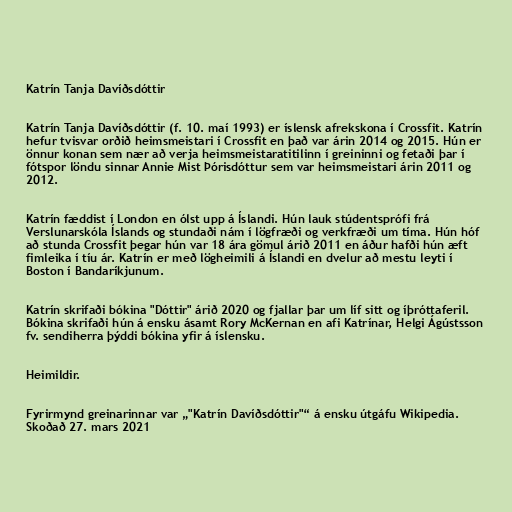
Katrín Tanja Davíðsdóttir

Katrín Tanja Davíðsdóttir (f. 10. maí 1993) er íslensk afrekskona í Crossfit. Katrín
hefur tvisvar orðið heimsmeistari í Crossfit en það var árin 2014 og 2015. Hún er
önnur konan sem nær að verja heimsmeistaratitilinn í greininni og fetaði þar í
fótspor löndu sinnar Annie Mist Þórisdóttur sem var heimsmeistari árin 2011 og
2012.

Katrín fæddist í London en ólst upp á Íslandi. Hún lauk stúdentsprófi frá
Verslunarskóla Íslands og stundaði nám í lögfræði og verkfræði um tíma. Hún hóf
að stunda Crossfit þegar hún var 18 ára gömul árið 2011 en áður hafði hún æft
fimleika í tíu ár. Katrín er með lögheimili á Íslandi en dvelur að mestu leyti í
Boston í Bandaríkjunum.

Katrín skrifaði bókina "Dóttir" árið 2020 og fjallar þar um líf sitt og íþróttaferil.
Bókina skrifaði hún á ensku ásamt Rory McKernan en afi Katrínar, Helgi Ágústsson
fv. sendiherra þýddi bókina yfir á íslensku.

Heimildir.

Fyrirmynd greinarinnar var „"Katrín Davíðsdóttir"“ á ensku útgáfu Wikipedia.
Skoðað 27. mars 2021